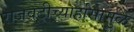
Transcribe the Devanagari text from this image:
राजवटीच्यार्हासामुळे